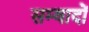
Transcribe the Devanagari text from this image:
सम्वादों